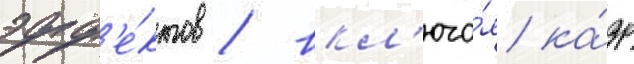
эфф'е́ктов / вкл'юча́я ка́др